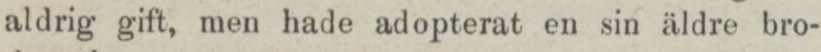
aldrig gift, men hade adopterat en sin äldre bro-